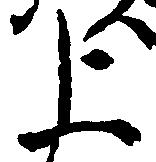
上